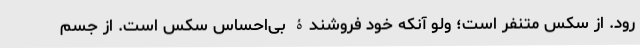
رود. از سکس متنفر است؛ ولو آنکه خود فروشندۀ بی‌احساس سکس است. از جسم